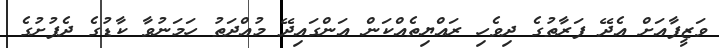
ވަޒީފާއަށް އެދޭ ފަރާތުގެ ދިވެހި ރައްޔިތެއްކަން އަންގައިދޭ މުއްދަތު ހަމަނުވާ ކާޑުގެ ދެފުށުގެ